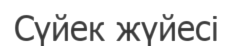
Сүйек жүйесі